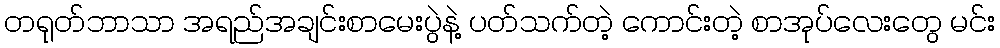
တရုတ်ဘာသာ အရည်အချင်းစာမေးပွဲနဲ့ ပတ်သက်တဲ့ ကောင်းတဲ့ စာအုပ်လေးတွေ မင်း